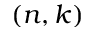
( n , k )